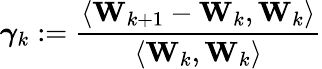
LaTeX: \boldsymbol{\gamma}_{k}:=\frac{\left\langle\mathbf{W}_{k+1}-\mathbf{W}_{k},\mathbf{W}_{k}\right\rangle}{\left\langle\mathbf{W}_{k},\mathbf{W}_{k}\right\rangle}